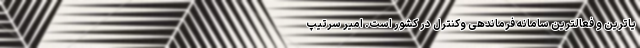
یاترین و فعالترین سامانه فرماندهی وکنترل در کشور است. امیر سرتیپ